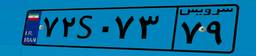
۳۴S۱۸۷۵۱